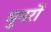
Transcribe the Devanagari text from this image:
मुनरों